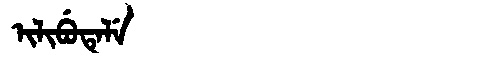
Manchu: ᡳᠯᡳᠪᡠᡨᡝᠯᡝ
Romanization: ILIBUTELE